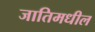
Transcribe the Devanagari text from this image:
जातिमधील